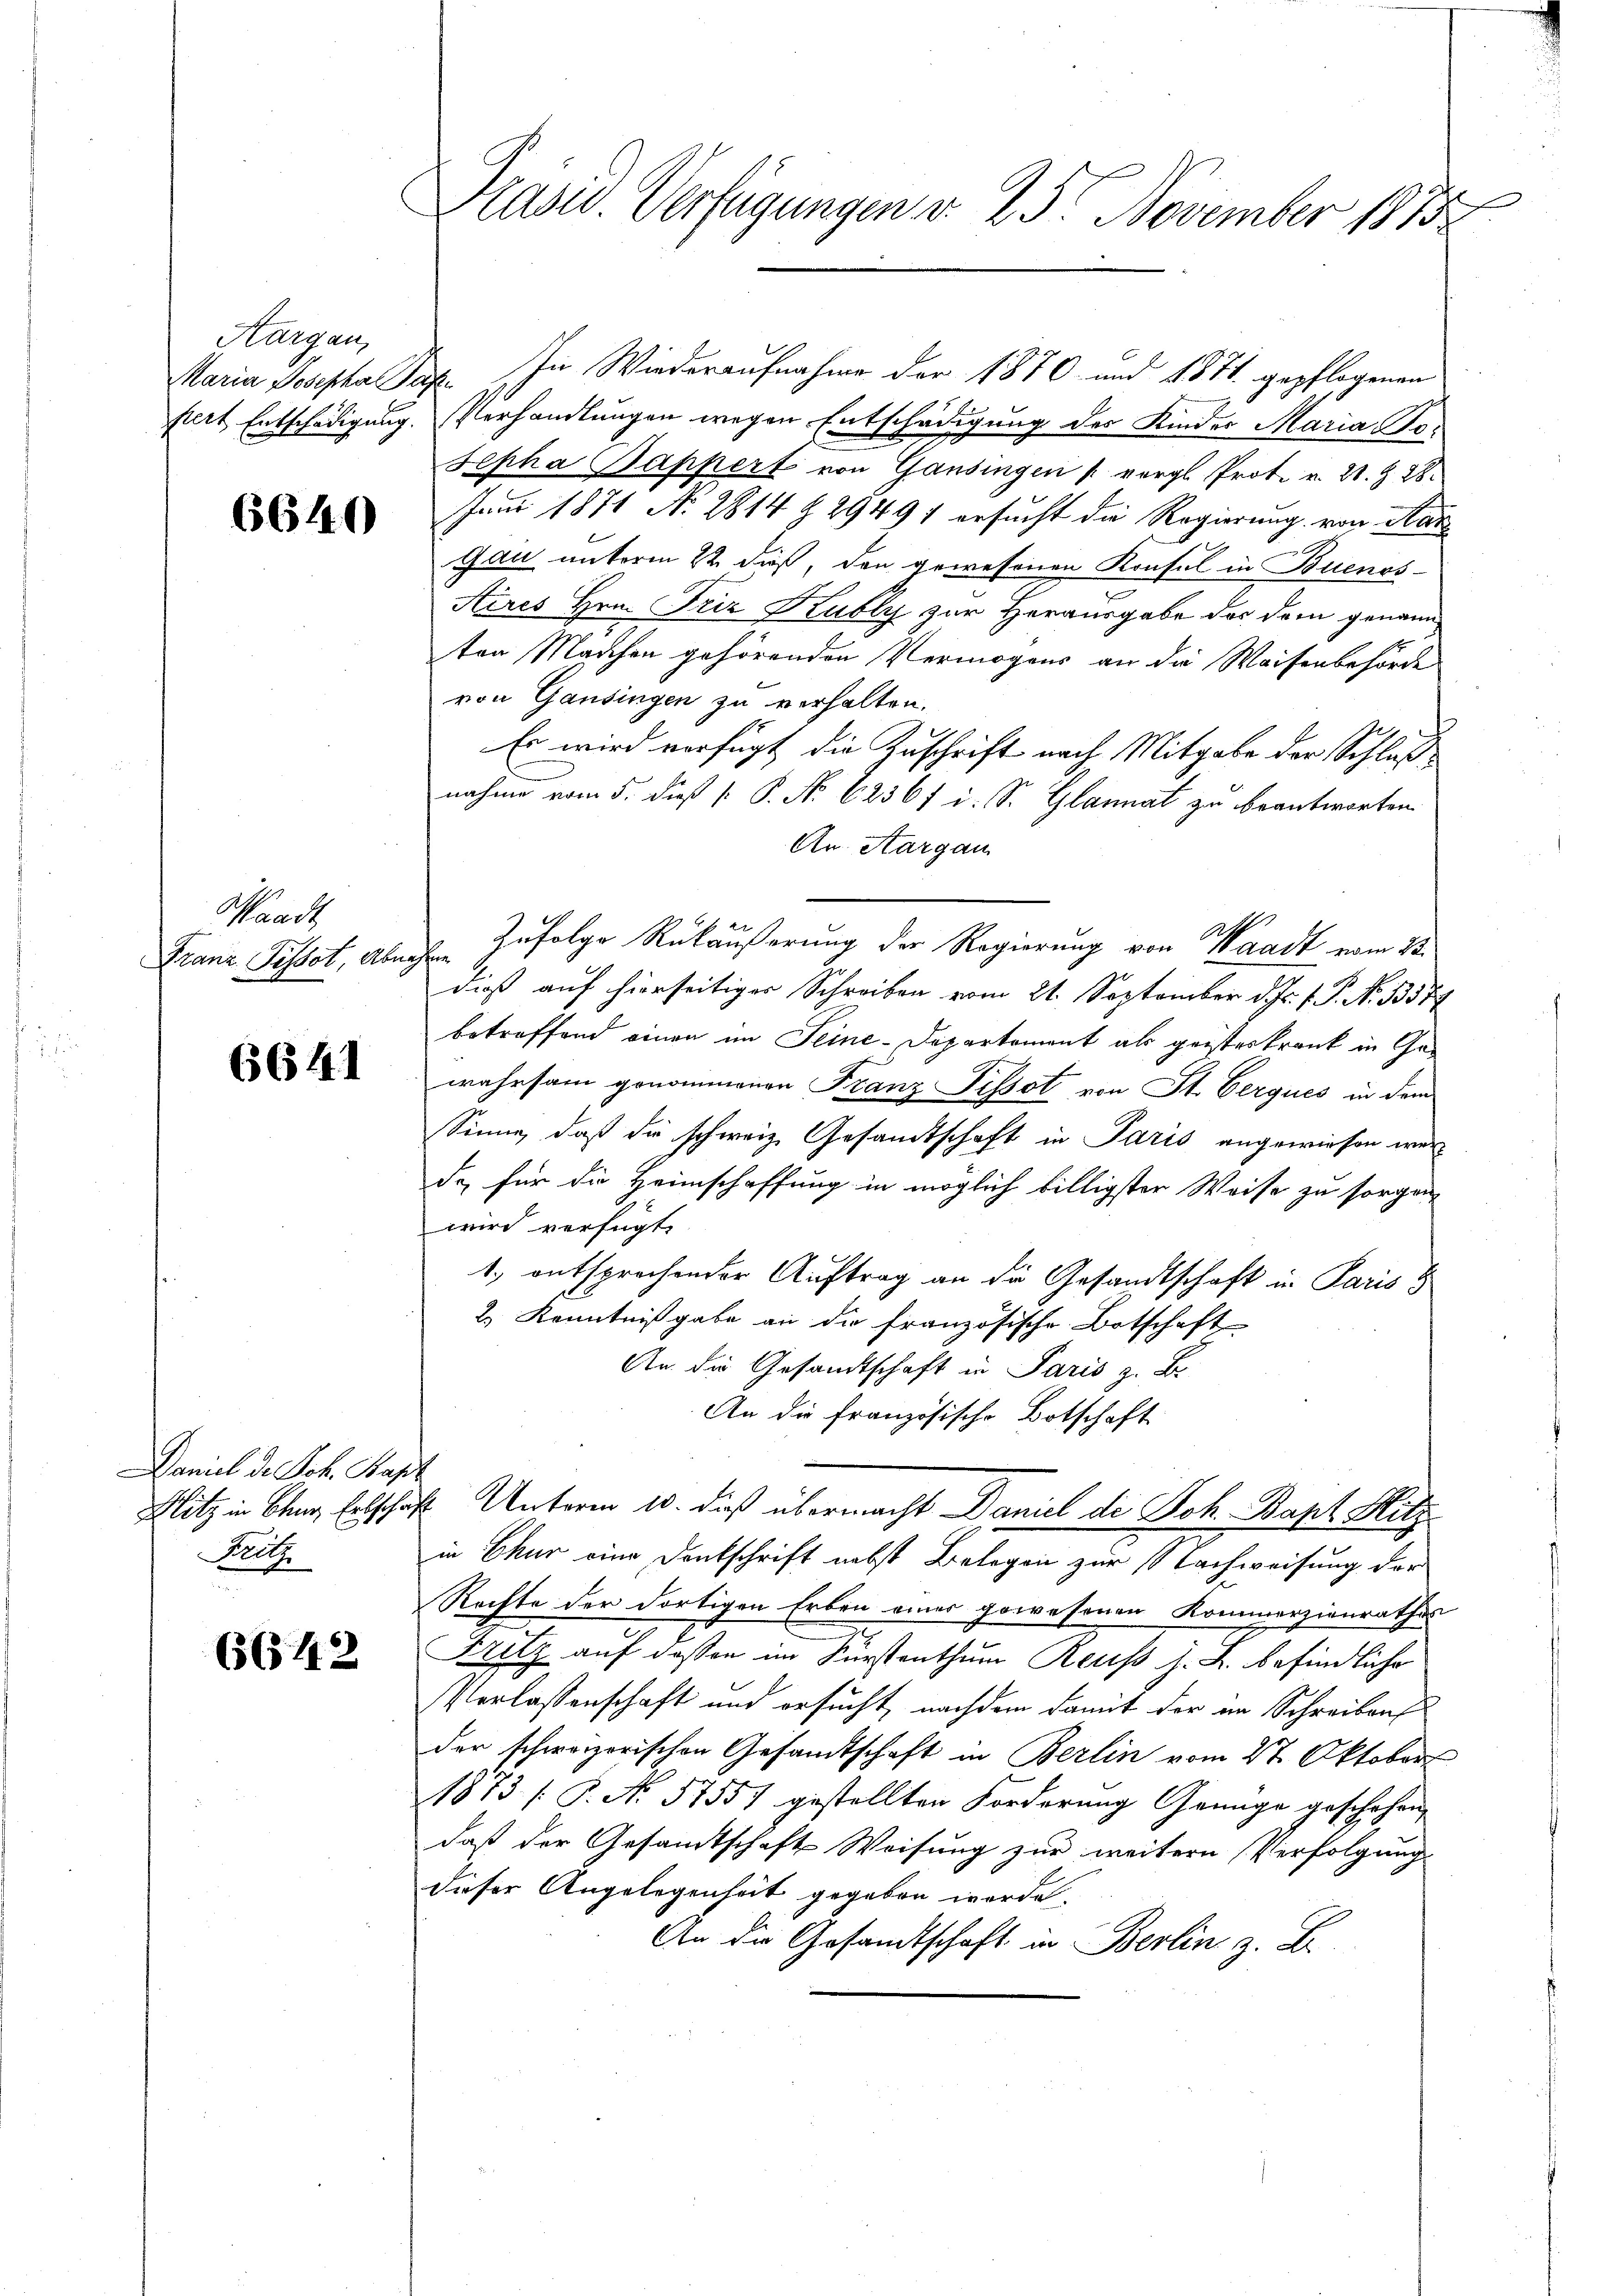
Hargau,
fiert Entschädigung.

6640

Waadt
Franz Pissot, Abna

6641

Daniel de Joh. Kapt
Pritz

6642

Präsid. Verfügungen v. 25. November 1873.

Maria Josepha Bar. In Wiederaufnahme der 1870 und 1871 gepflogenen
Verhandlungen wegen Entschädigung des Kinder Maria Jo¬
Sepha Pappert von Gansingen vergl. Prot. v. 20. Z. 28.
Juni 1871 No 2814 § 29491 ersucht die Regierung von Aar
Gau unterm 22 dieß, den gewesenen Konsul in Buenos-
Aires Hrn. Friz Kubly zur Herausgabe das dem genannten Marchen gehörenden Vermögens an die Waisenbehörde
von Gansingen zu verhalten.
Es wird verfügt die Zuschrift nach Mitgabe der Schluß
nahme vom 5. dieß [ P. No 62367 i. S. Glannat zu beantworten
An Aargau
Zufolge Rükäußerung der Regierung von Waadt vom 23.
udieß auf hierseitiger Schreiben vom 21. September d. Js. f. P. No. 1357
betreffend einen im Seine-Departement als geisteskrank in Gewahrsam genommenen Franz Pissot von St. Gerques in dem
Sinne, daß die schweiz. Gesandtschaft in Paris angewiesen werde, für die Heimschaffung in möglich billigster Weise zu sorgen
wird verfügt
1.) entsprochender Auftrag an die Gesandtschaft in Paris
2.) Kenntnißgabe an die französische Botschaft
An die Gesandtschaft in Paris z. B.
An die französische Botschaft
Flitz in Benz Erbschaft Unterm 10. dieß übermacht Daniel de Joh. Bapt. Hitz
in Chur eine Denkschrift nebst Belegen zur Nachweisung der
Rechte der dortigen Erben eines gewesenen Kommerzienrathes
Fritz auf dessen im Karstenthum Reuss z. B. befindliche
Verlassenschaft und ersucht, nachdem damit der im Schreibens
der schweizerischen Gesandtschaft in Berlin vom 2t Oktober
1873 /: P. No. 57557 gestellten Forderung Genüge geschehen,
daß der Gesamtschaft Weisung zur weitern Verfolgung
dieser Angelegenheit gegeben werde.
An die Gesandtschaft in Berlin z. B.